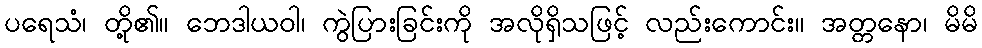
ပရေသံ၊ တို့၏။ ဘေဒါယဝါ၊ ကွဲပြားခြင်းကို အလိုရှိသဖြင့် လည်းကောင်း။ အတ္တနော၊ မိမိ